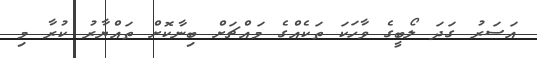
އަސަރު ގަދަ ލޯބީގެ ވާހަކަ ތަކެއްގެ މައްޗަށް ބިނާކޮށް ތައްޔާރު ކުރާ މި